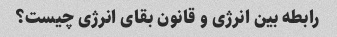
رابطه بین انرژی و قانون بقای انرژی چیست؟